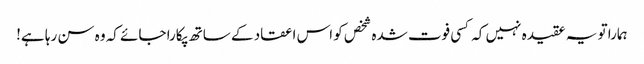
ہمارا تو یہ عقیدہ نہیں کہ کسی فوت شدہ شخص کو اس اعقاد کے ساتھ پکارا جائے کہ وہ سن رہا ہے!